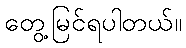
တွေ့မြင်ရပါတယ်။